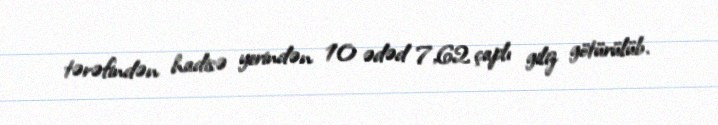
tərəfindən hadisə yerindən 10 ədəd 7,62 çaplı giliz götürülüb.